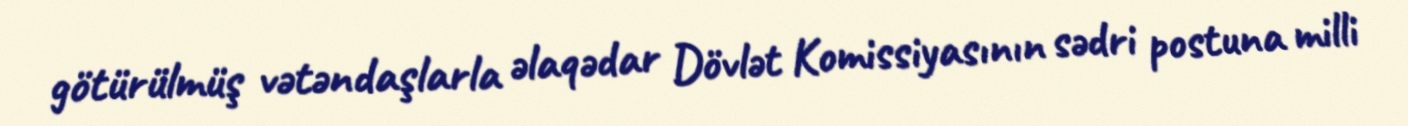
götürülmüş vətəndaşlarla əlaqədar Dövlət Komissiyasının sədri postuna milli